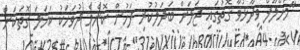
"މަހްލޫފް ވިދާޅުވާ ގޮތުގައި ޖަލަށް ބަދަލުކުރި ފަހުން ކޮންމެ ދުވަހަކު ކަހަލަ ގޮތަކަށް